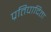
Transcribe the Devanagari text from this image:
प्रतिपादिता